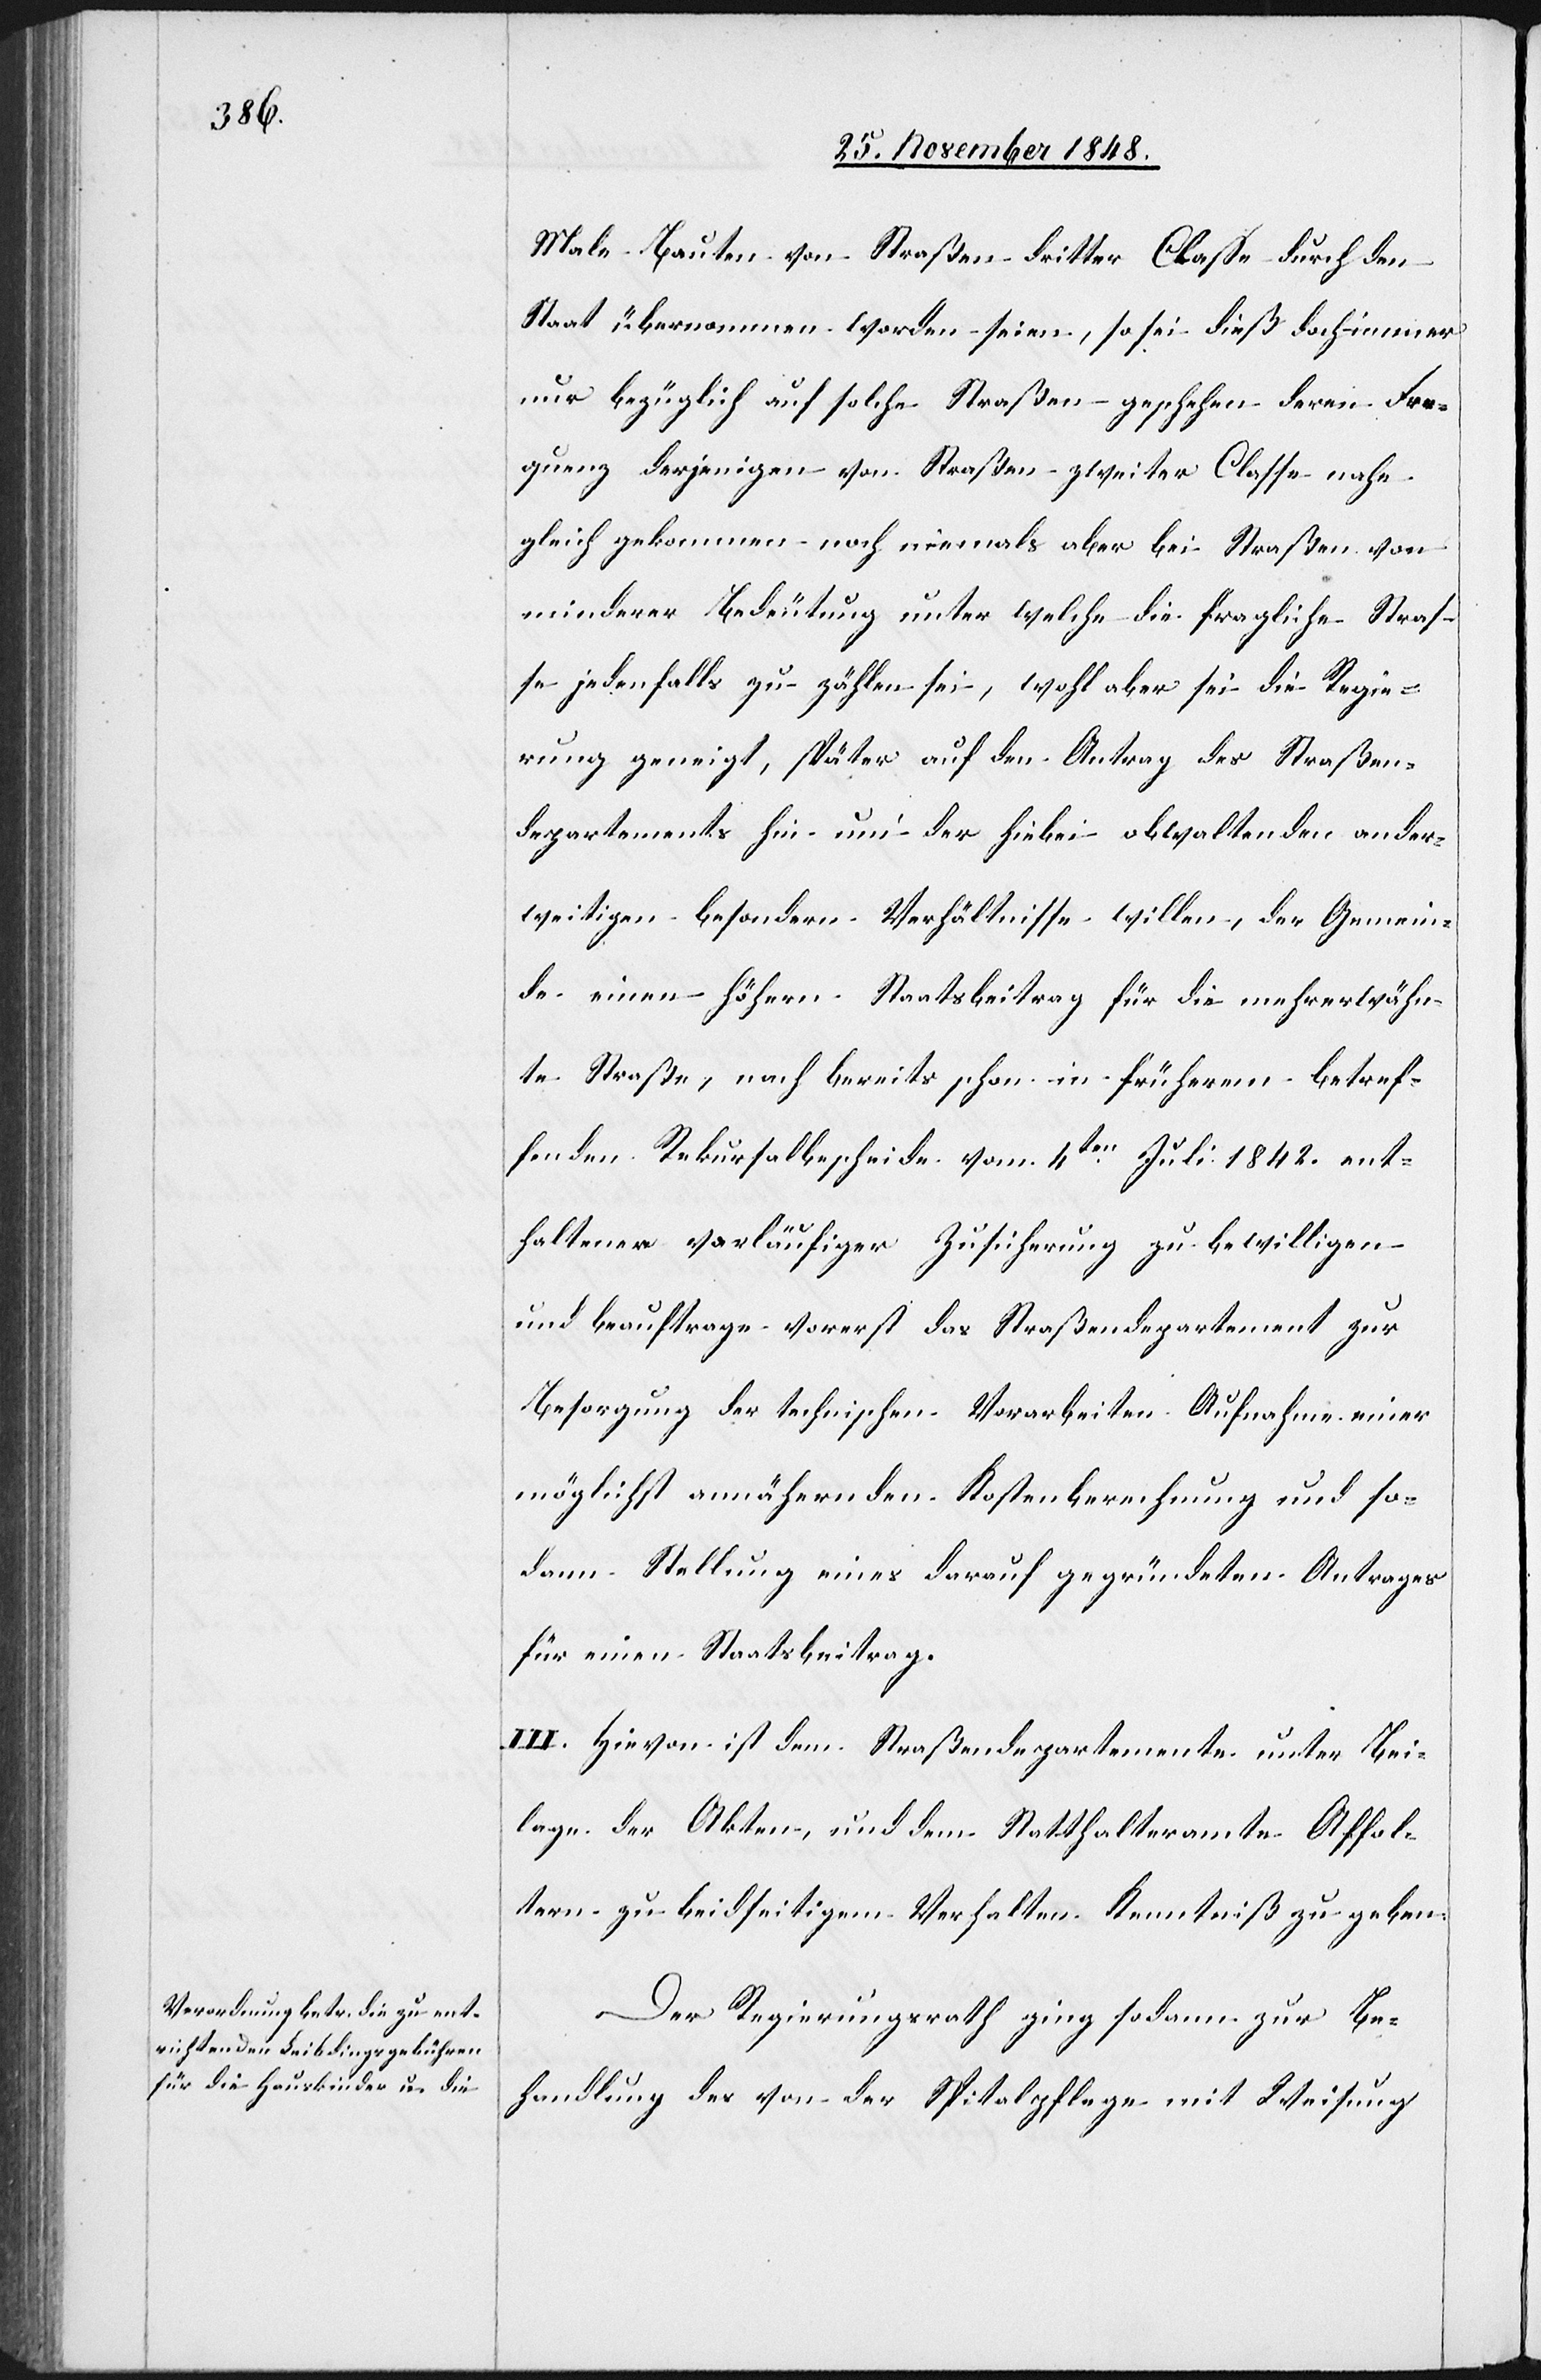
Male Bauten von Straßen dritter Classe durch den
Staat übernommen worden seien, so sei dieß doch immer
nur bezüglich auf solche Straßen geschehen deren Fre¬
quenz derjenigen von Straßen zweiter Classe nahe
gleich gekommen noch niemals aber bei Straßen von
minderer Bedeutung unter welche die fragliche Straß¬
e jedenfalls zu zählen sei, wohl aber sei die Regie¬
rung geneigt, später auf den Antrag des Straßen¬
departements hin um der hiebei obwaltenden ander¬
weitigen besondern Verhältnisse willen, der Gemein¬
de einen höhern Staatsbeitrag für die mehrerwähn¬
te Straße, nach bereits schon in früherem betref¬
fenden Rekursalbescheide vom 4ten Juli 1842. ent¬
haltener vorläufiger Zusicherung zu bewilligen
und beauftrage vorerst das Straßendepartement zur
Besorgung der technischen Vorarbeiten Aufnahme einer
möglichst annähernden Kostenberechnung und so¬
dann Stellung eines darauf gegründeten Antrages
für einen Staatsbeitrag.
III. Hievon ist dem Straßendepartemente unter Bei¬
lage der Akten, und dem Statthalteramte Affol¬
tern zu beidseitigem Verhalten Kenntniß zu geben.
Der Regierungsrath ging sodann zur Be¬
handlung des von der Spitalpflege mit Weisung